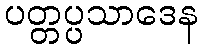
ပတ္တပ္ပသာဒေန